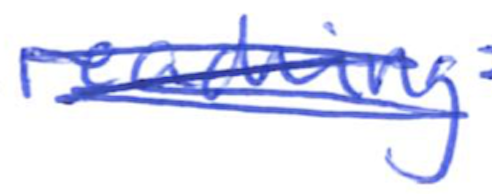
Text: reaching
Cross-out: scratch
Writing tool: ballpoint